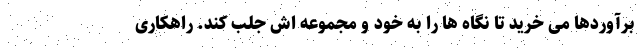
برآوردها می خرید تا نگاه ها را به خود و مجموعه اش جلب کند. راهکاری